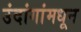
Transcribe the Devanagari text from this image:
उंदांगांमधून